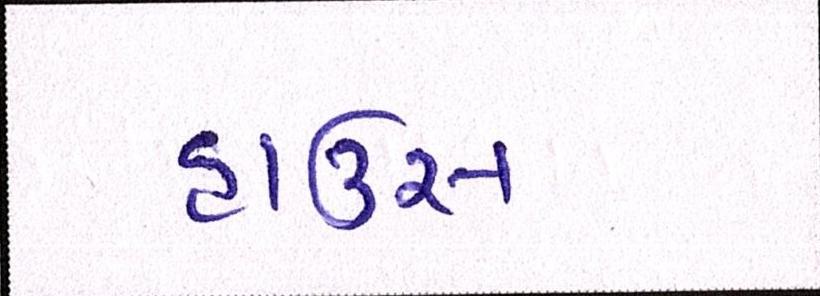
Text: હાઉસ